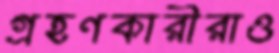
গ্রহণকারীরাও